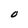
Character: O